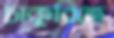
চাকুরিতে